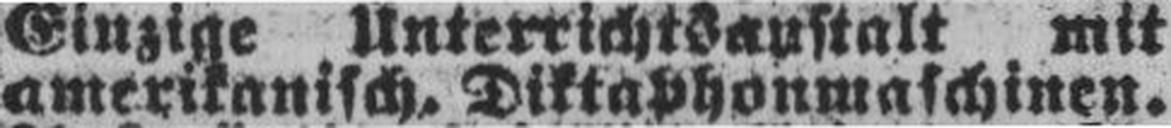
amerikanisch, Diktaphonmaschinen.